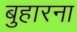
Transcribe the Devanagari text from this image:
बुहारना